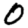
Digit: 0